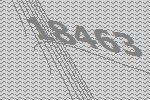
18463